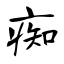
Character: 痴